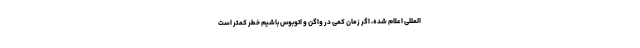
المللی اعلام شده، اگر زمان کمی در واگن و اتوبوس باشیم خطر کمتر است